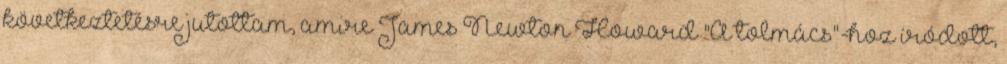
következtetésre jutottam, amire James Newton Howard "A tolmács"-hoz íródott,